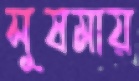
সুষমায়